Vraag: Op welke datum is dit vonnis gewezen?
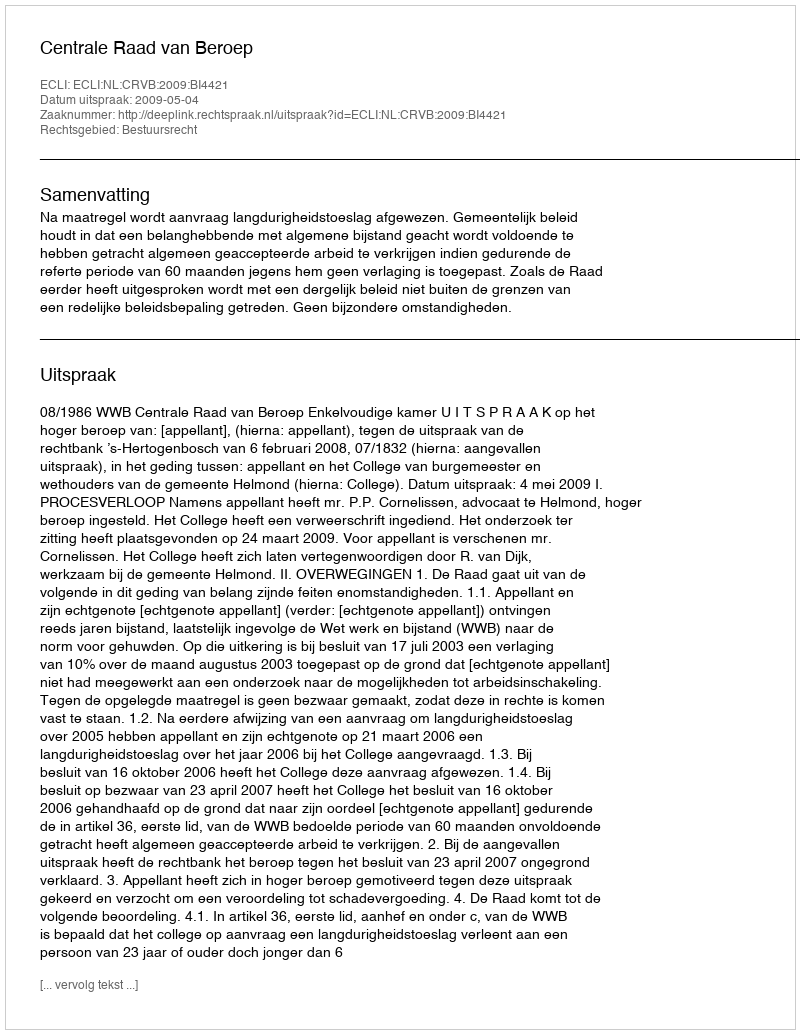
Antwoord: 2009-05-04